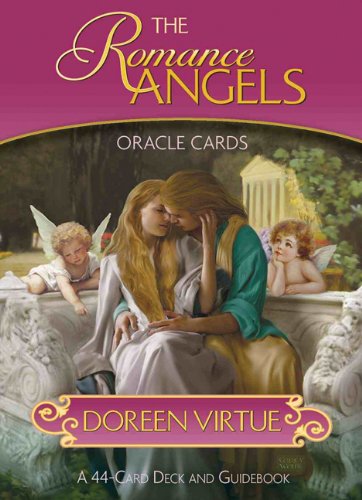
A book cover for The Romance Angels Oracle Cards; Doreen Virtue; Religion & Spirituality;